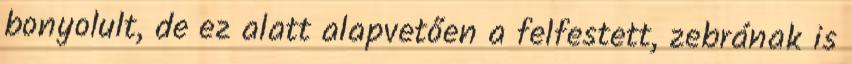
bonyolult, de ez alatt alapvetően a felfestett, zebrának is